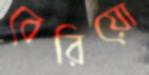
বেরিয়ো